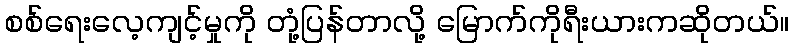
စစ်ရေးလေ့ကျင့်မှုကို တုံ့ပြန်တာလို့ မြောက်ကိုရီးယားကဆိုတယ်။